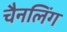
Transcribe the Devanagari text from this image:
चैनलिंग